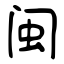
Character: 闽